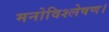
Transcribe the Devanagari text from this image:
मनोविश्लेषण।